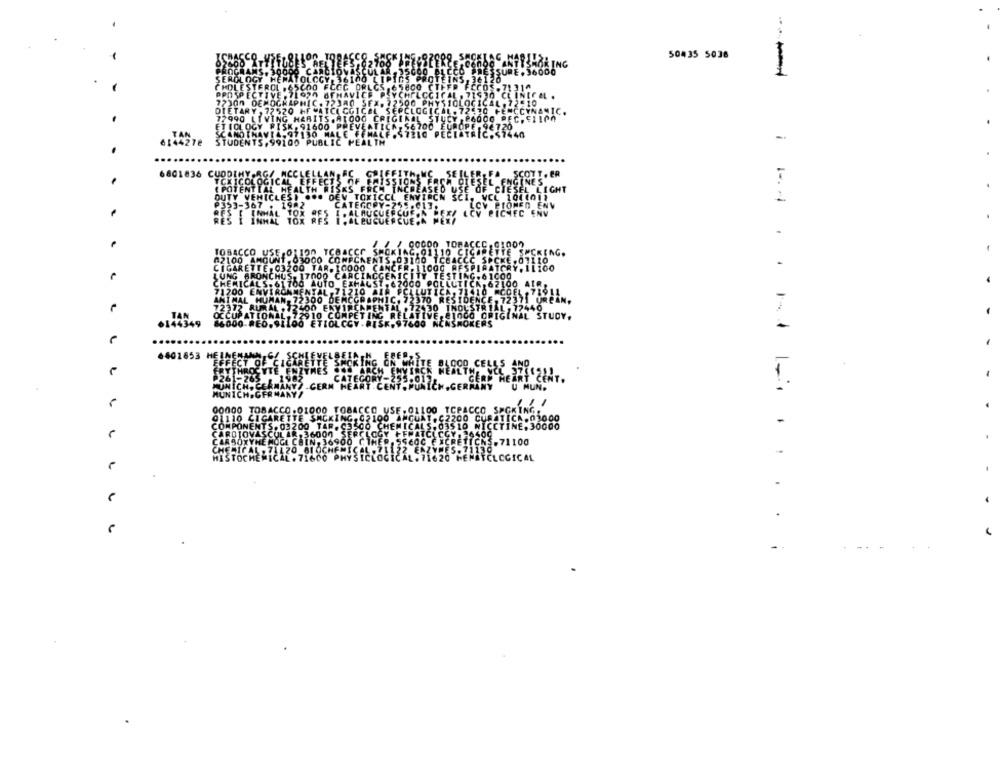
50435 5038
6801836 CUO
6601653
/1100
GICAL
-